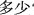
多少？